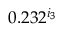
0 . 2 3 2 ^ { i _ { 3 } }